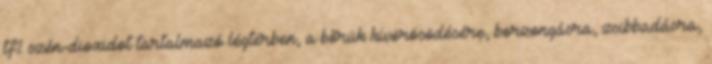
tf% szén-dioxidot tartalmazó légtérben, a bõrük kivörösödésére, borzongásra, zsibbadásra,